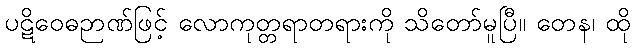
ပဋိဝေဓဉာဏ်ဖြင့် လောကုတ္တရာတရားကို သိတော်မူပြီ။ တေန၊ ထို